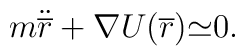
m{\ddot {\overline r}} + {\nabla U({\overline r}}) {\simeq }0.